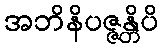
အဘိနိပဇ္ဇန္တိပိ